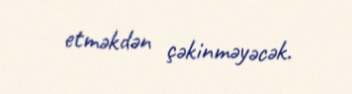
etməkdən çəkinməyəcək.